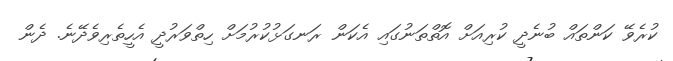
ކުރެވޭ ކަންތައް ބުނެދީ ކުރިއަށް އޮތްތަނުގައި އެކަން ރަނގަޅުކުރުމަށް ހިތްވަރުދީ އެހީތެރިވެދޭނެ. ދެން